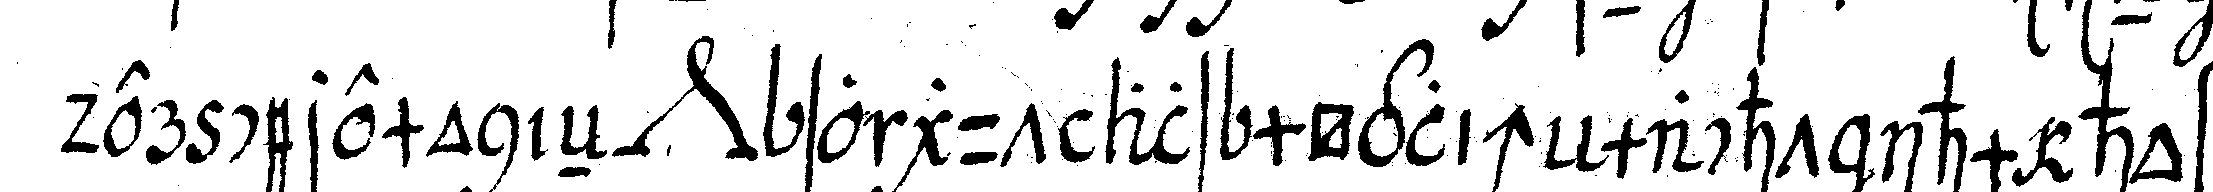
der ceremonieN *nee* so gut als möglich macht ihm hoff